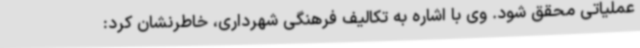
عملیاتی محقق شود. وی با اشاره به تکالیف فرهنگی شهرداری، خاطرنشان کرد: